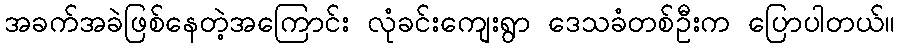
အခက်အခဲဖြစ်နေတဲ့အကြောင်း လုံခင်းကျေးရွာ ဒေသခံတစ်ဦးက ပြောပါတယ်။